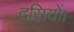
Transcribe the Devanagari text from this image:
दसियों।